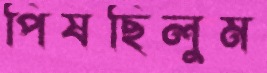
পিষছিলুম